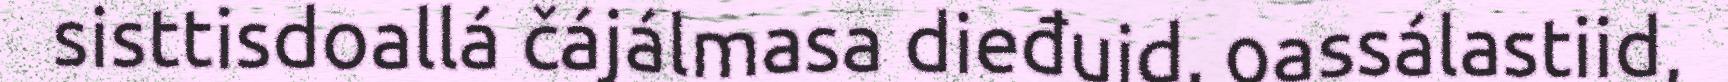
sisttisdoallá čájálmasa dieđuid, oassálastiid,